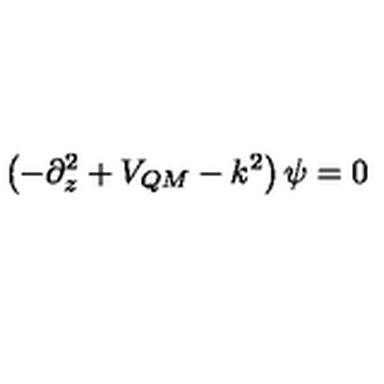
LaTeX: \left( - \partial _ { z } ^ { 2 } + V _ { Q M } - k ^ { 2 } \right) \psi = 0